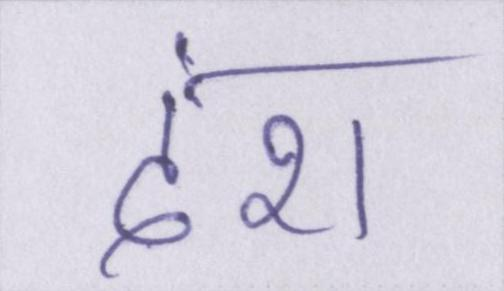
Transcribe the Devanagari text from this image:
दंश